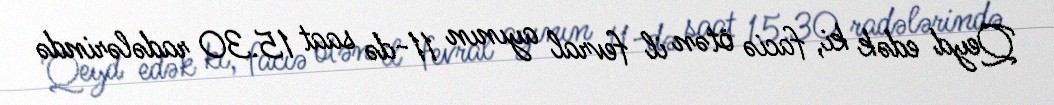
Qeyd edək ki, faciə ötən il fevral ayının 11-də saat 15.30 radələrində